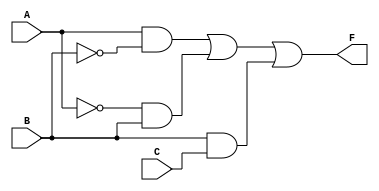
module simplified_logic (
    input wire A,      // Input A
    input wire B,      // Input B
    input wire C,      // Input C
    output wire F      // Output F
);

// Internal signals for the intermediate calculations
wire A_not;   // A'
wire B_not;   // B'
wire A_and_B_not; // A AND B'
wire A_not_and_B; // A' AND B
wire B_and_C;  // B AND C

// Logic operations
assign A_not = ~A;               // NOT A
assign B_not = ~B;               // NOT B

assign A_and_B_not = A & B_not;  // A AND B'
assign A_not_and_B = A_not & B;  // A' AND B
assign B_and_C = B & C;          // B AND C

// Final output F
assign F = A_and_B_not | A_not_and_B | B_and_C; // F = A'B + AB' + BC

endmodule